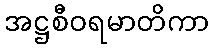
အဋ္ဌစီဝရမာတိကာ